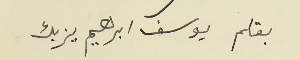
بقلم يوسف ابرهيم يزبك